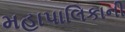
મહાપાલિકાની